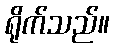
ရိုက်သည်။